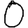
Digit: 0